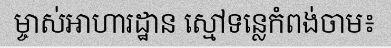
ម្ចាស់អាហារដ្ឋាន ស្មៅទន្លេកំពង់ចាម៖